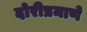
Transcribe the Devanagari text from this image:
दोरीप्रमाणे